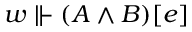
w \Vdash ( A \land B ) [ e ]